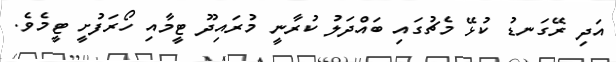
އަދި ރޭގަނޑު ކުޅޭ މެޗުގައި ބައްދަލު ކުރާނީ މުރައިދޫ ޓީމާއި ހޯރަފުށީ ޓީމެވެ.